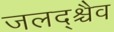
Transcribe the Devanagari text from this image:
जलद्श्चैव